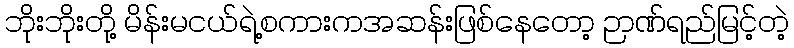
ဘိုးဘိုးတို့ မိန်းမငယ်ရဲ့စကားကအဆန်းဖြစ်နေတော့ ဉာဏ်ရည်မြင့်တဲ့